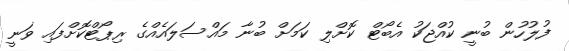
ފުލުހުން ބުނީ ކުއްޖަކު އެބޯޓް ކޮށްލި ކަމަށް ބުނާ މައްސަލައެއްގެ ރިޕޯޓްކޮށްފައި ވަނީ